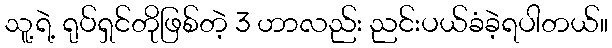
သူ့ရဲ့ ရုပ်ရှင်တိုဖြစ်တဲ့ 3 ဟာလည်း ညင်းပယ်ခံခဲ့ရပါတယ်။